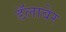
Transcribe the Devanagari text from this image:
डॅलावेर